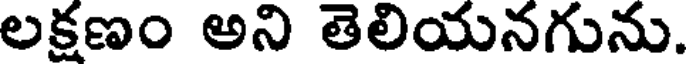
లక్షణం అని తెలియనగును.